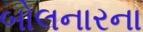
બોલનારના